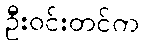
ဦးဝင်းတင်က